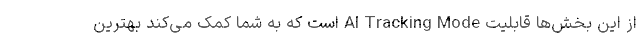
از این بخش‌ها قابلیت AI Tracking Mode است که به شما کمک می‌کند بهترین